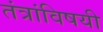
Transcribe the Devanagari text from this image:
तंत्रांविषयी